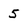
Character: 5